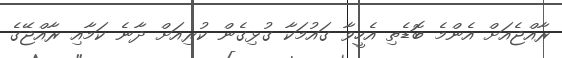
ރާއްޖެއަށް އެންމެ ބޮޑެތި އެހީވާ ގައުމަކާ ގުޅިގެން ކުރިއަށް ދާނެ ކަމާއި ރާއްޖޭގެ